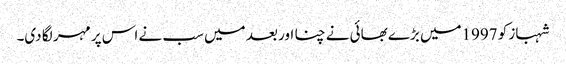
شہباز کو 1997میں بڑے بھائی نے چنا اور بعد میں سب نے اس پر مہر لگا دی۔